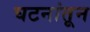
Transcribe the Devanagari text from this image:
घटनांतून